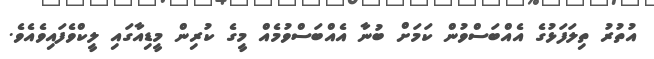
އުތުރު ތިލަފަޅުގެ އެއްބަސްވުން ކަމަށް ބުނާ އެއްބަސްވުމެއް މީގެ ކުރިން މީޑިއާގައި ލީކްވެފައިވެއެވެ.